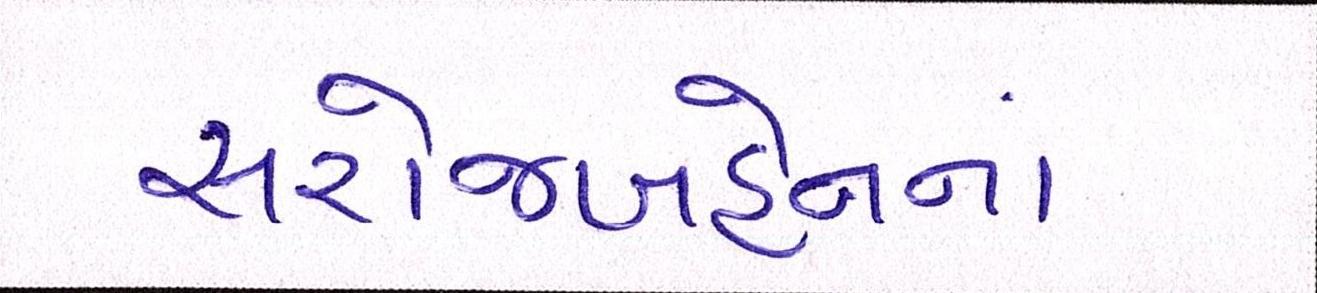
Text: સરોજબહેનનાં